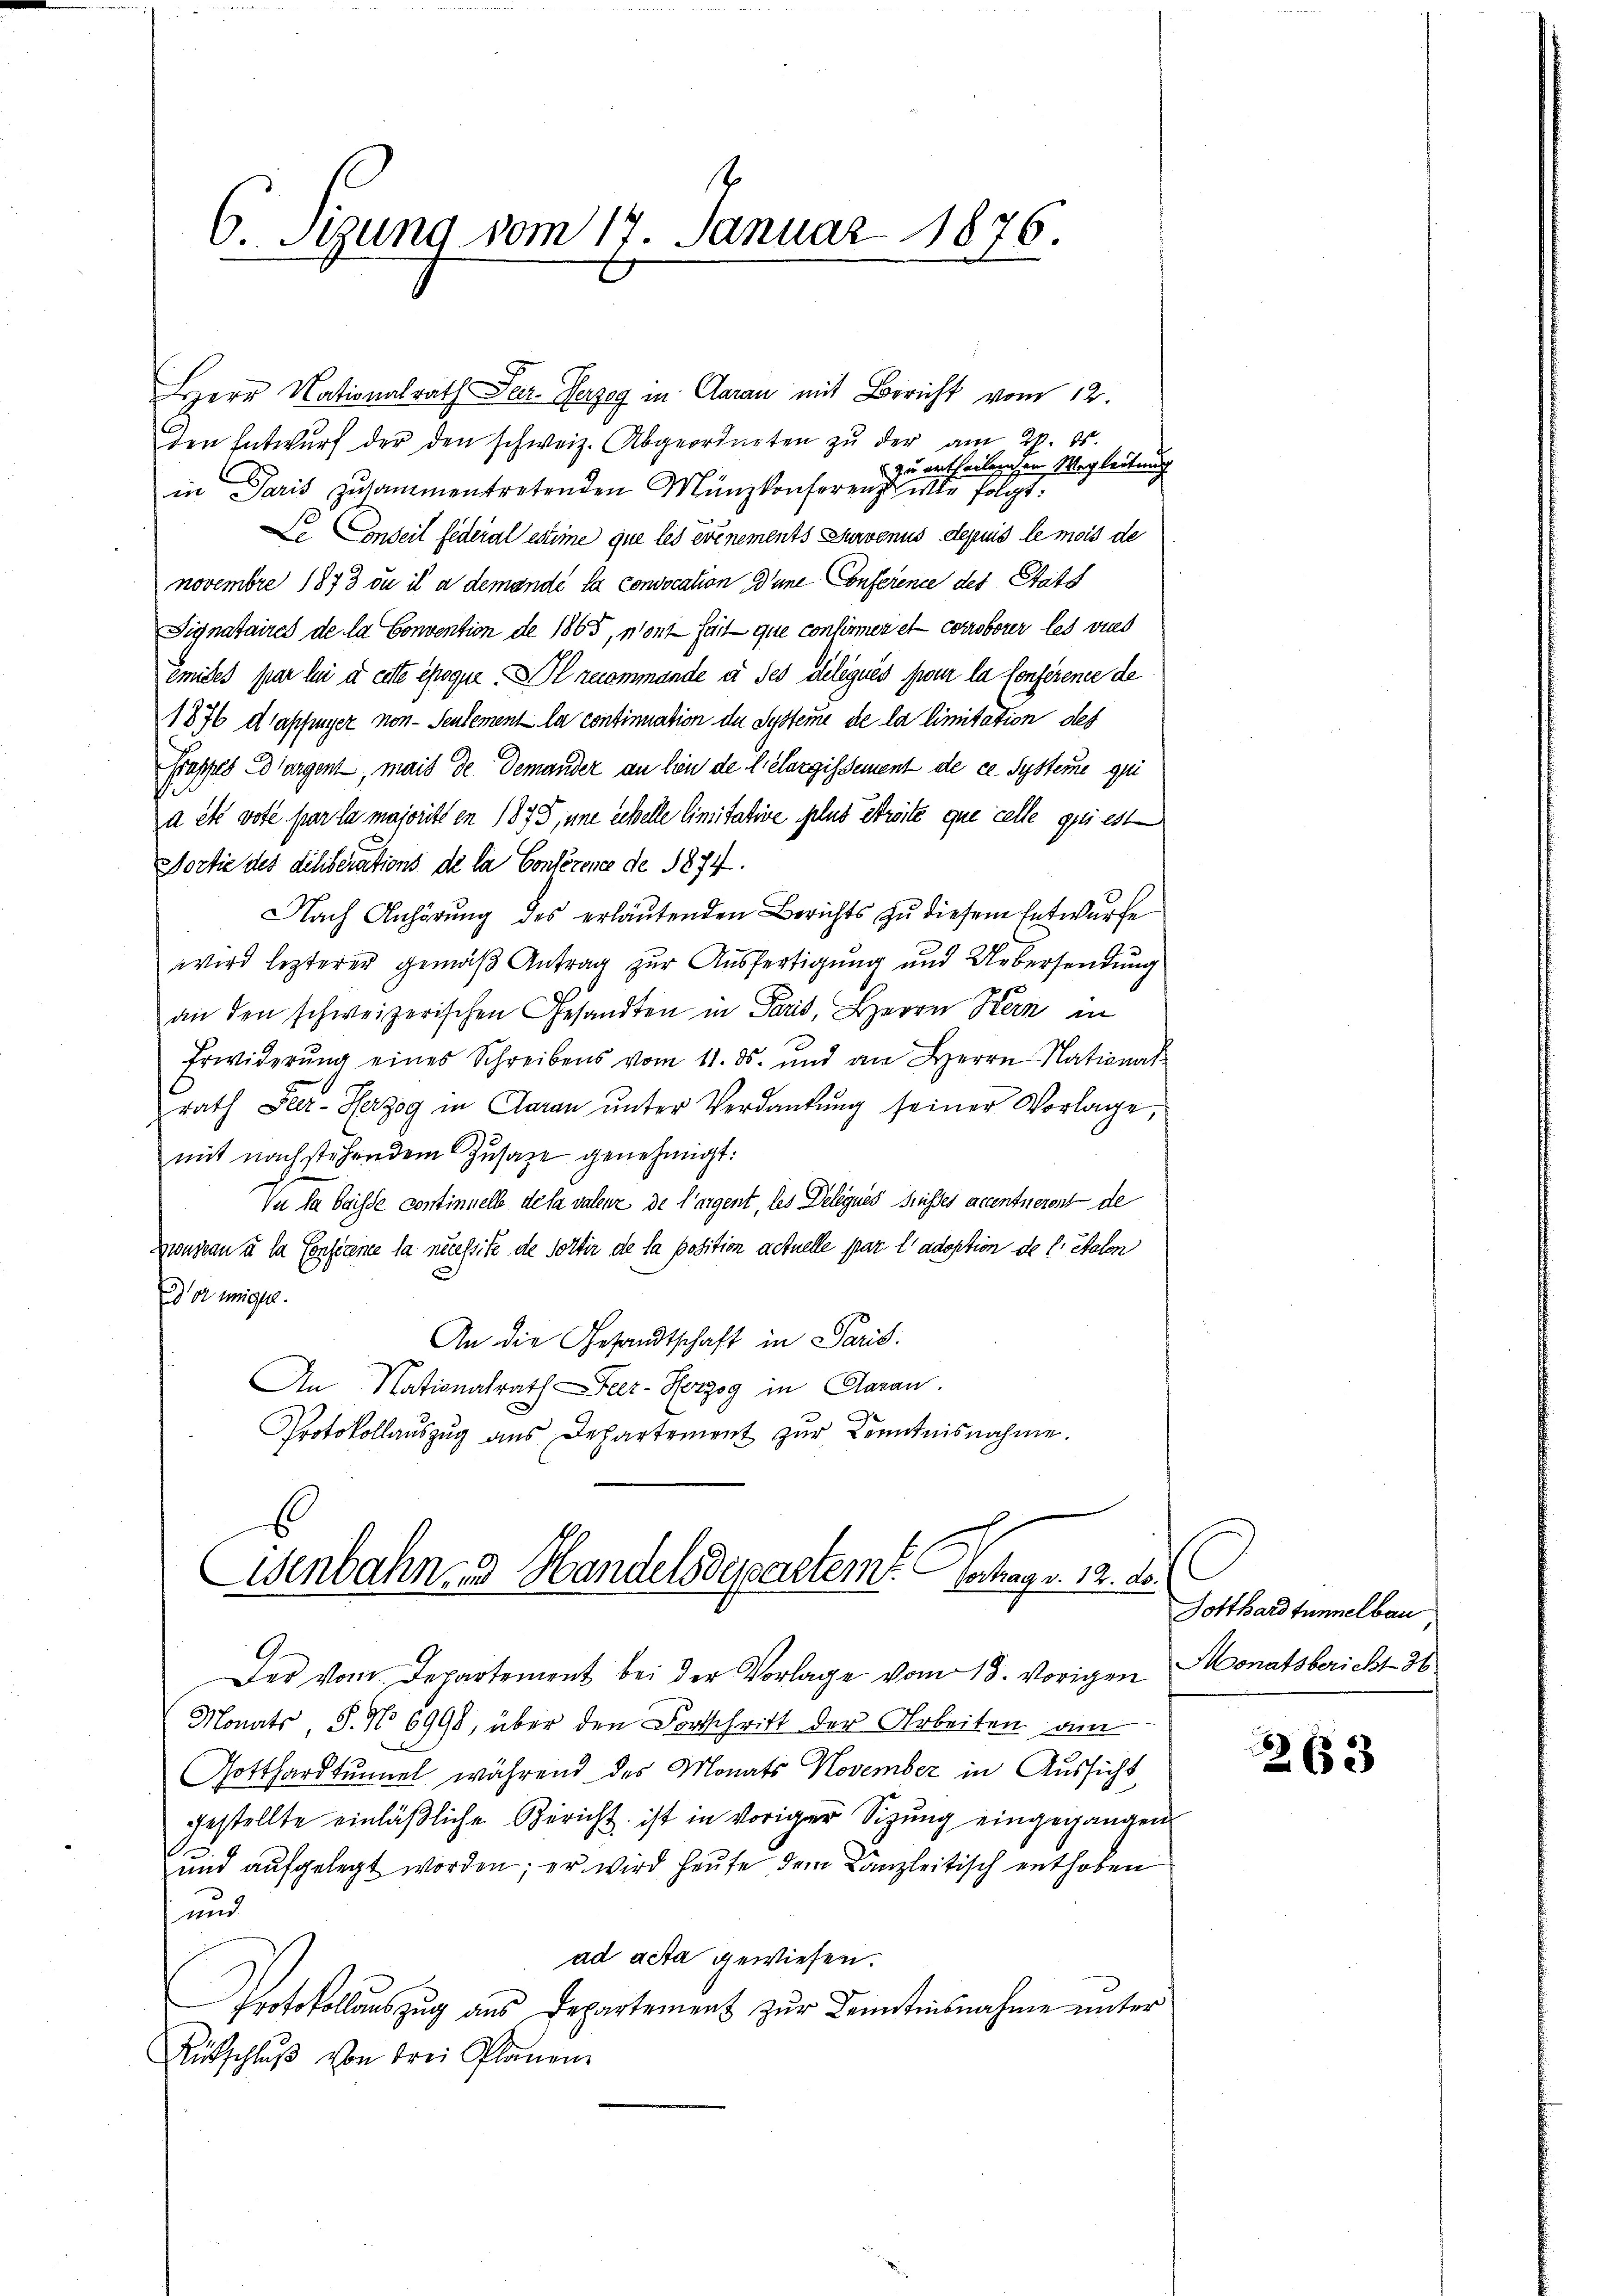
6. Sigung vom 17. Januar 1876.
e

Herr Nationalrath Ser. Verzeg in Claran mit Bericht vom 12.
den Entwŭrf der den schweiz. Abgeordneten zŭ der am 27. 15.
zu ertheilenden Wegleitung
in Paris zusammentretenden Münzkonferenzt wie folgt.
So Conseil federal estime que les événements survenus depuis le mois de
novembre 1873 ou il a demandé la convocation d’une Conference des Statt
Signataires de la Convention de 1865, mont fait que confirmen et corroborer les wied
emides par le u. eite époque leammande à ses deliqués pour la Conference de
1876 dlapfinger von Sentement la continuation de Systeme de la limitation des
Frappes Bargent, mais de demander an hin de l. Klargissement de ce Systeme qui
a etc voté par la majoritt en 1875, une echelle limitative plus Streite que celle qui est
ortie des deliberations de la Conférence de 1874.
Nach Anhörŭng des erlaŭtenden Berichts zŭ diesem Entwurfe
wird lezterer gemäß Antrag zur Ausfertigung und Uebersendung
an den schweizerischen Gesandten in Paris, Herrn Kern in
Erwiderŭng eines Schreibens vom 11. ds. und an Herrn National
rath Peer-Herzog in Garan ŭnter Verdankŭng seiner Vorlage,
mit nachstehendem Zusatze genehmigt:
Vu la Sachse continuelle de la valenz de l’argent, les Delégués susses accentnerent de
Gronscan u la Conference la necessite de solter de la position actuelle par l’adoption de l. Salon
Dor eigel.
An die Gesandtschaft in Paris.
An Nationalrath Feer-Horzog in Aarau
Protokollauszug aus Departement zur Kenntnisnahme.

Wenbahnen Handelsdepartem Ertrage. 12. ds.

Der vom Departement bei der Vorlage vom 18. vorigen
Monats, S. No 6998, über den Fortschrift der Arbeiten am
Gotthardtunnel während des Monats November in Aussicht
gestellte einläßliche Bericht ist in voriger Sitzung eingegangen
und aufgelegt worden; er wird heute dem Kanzleitisch enthoben
und
ad acta gewiesen.
Protokollauszug aus Departement zur Kenntnisnahme unter
Rütschlŭβ von drei Planen

Gotthardtunnelbau
Monatsbericht 36

1363